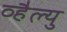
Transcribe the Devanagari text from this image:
व्हैल्यु